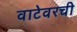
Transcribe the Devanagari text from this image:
वाटेवरची